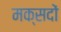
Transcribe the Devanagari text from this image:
मक्सदों